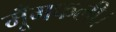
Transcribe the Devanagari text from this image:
मूँगफली।